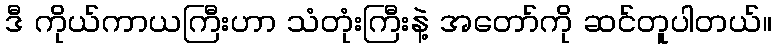
ဒီ ကိုယ်ကာယကြီးဟာ သံတုံးကြီးနဲ့ အတော်ကို ဆင်တူပါတယ်။